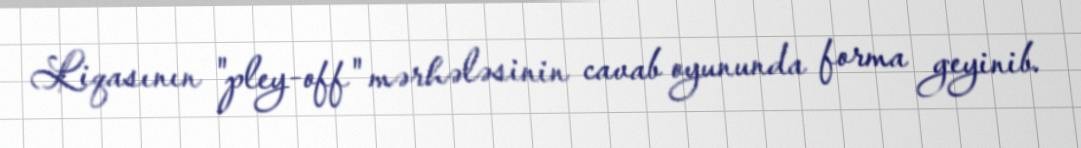
Liqasının "pley-off" mərhələsinin cavab oyununda forma geyinib.